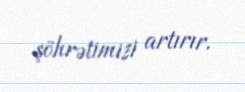
şöhrətimizi artırır.